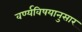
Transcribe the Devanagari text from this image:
वर्ण्यविषयानुसार